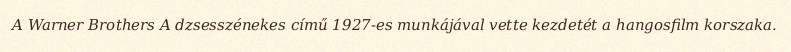
A Warner Brothers A dzsesszénekes című 1927-es munkájával vette kezdetét a hangosfilm korszaka.